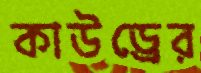
কাউড্রের